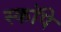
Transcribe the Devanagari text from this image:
स्कॉपे